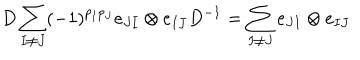
LaTeX: D \sum _ { I \neq J } ( - 1 ) ^ { p _ { I } p _ { J } } e _ { J I } \otimes e _ { I J } D ^ { - 1 } = \sum _ { I \neq J } e _ { J I } \otimes e _ { I J }